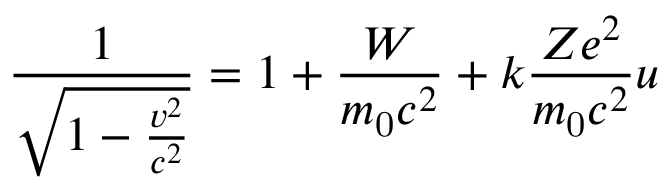
{ \frac { 1 } { \sqrt { 1 - { \frac { v ^ { 2 } } { c ^ { 2 } } } } } } = 1 + { \frac { W } { m _ { \mathrm { 0 } } c ^ { 2 } } } + k { \frac { Z e ^ { 2 } } { m _ { \mathrm { 0 } } c ^ { 2 } } } u